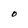
Character: O